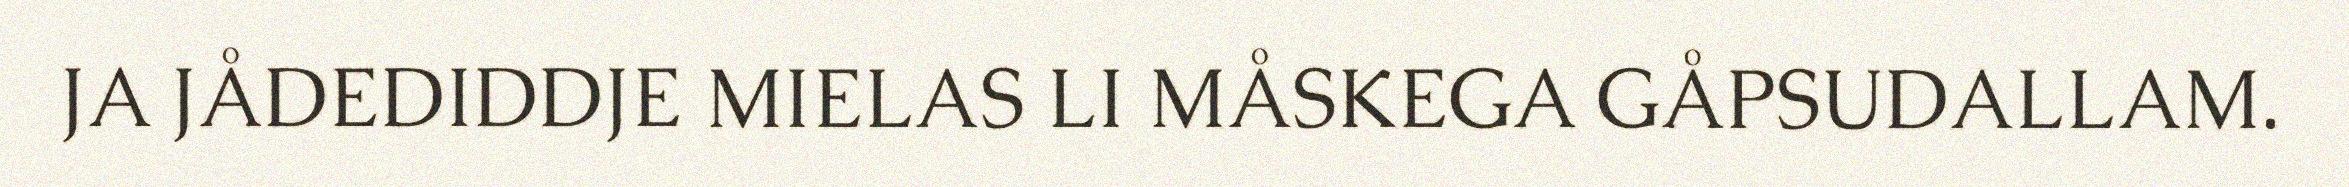
JA JÅDEDIDDJE MIELAS LI MÅSKEGA GÅPSUDALLAM.